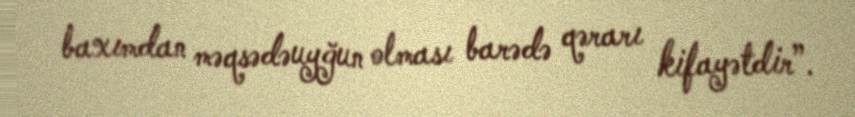
baxımdan məqsədəuyğun olması barədə qərarı kifayətdir”.